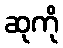
ဆုကို